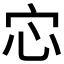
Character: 𫲽